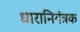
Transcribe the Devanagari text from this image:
धारानियंत्रक